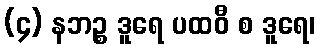
(၄) နဘဉ္စ ဒူရေ ပထဝီ စ ဒူရေ၊